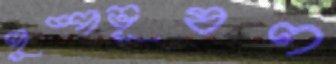
পুষ্পভূষণ